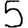
Digit: 5